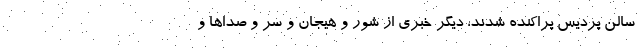
سالن پردیس پراکنده شدند، دیگر خبری از شور و هیجان و سر و صدا‌ها و